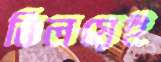
বিলয়েই